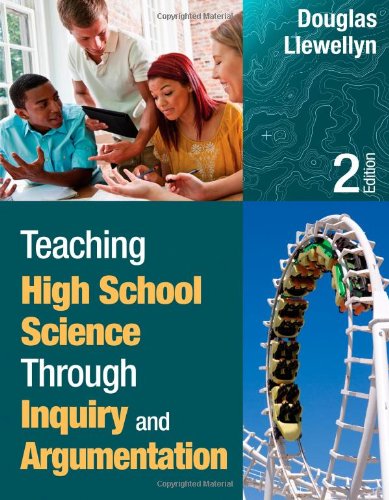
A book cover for Teaching High School Science Through Inquiry and Argumentation; Douglas J. Llewellyn; Science & Math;